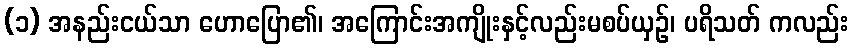
(၁) အနည်းငယ်သာ ဟောပြော၏၊ အကြောင်းအကျိုးနှင့်လည်းမစပ်ယှဉ်၊ ပရိသတ် ကလည်း